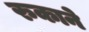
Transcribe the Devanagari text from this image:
रुकाने